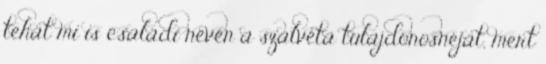
tehát mi is családi nevén a szalvéta tulajdonosnéját, mert